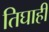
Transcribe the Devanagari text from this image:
तिघाही